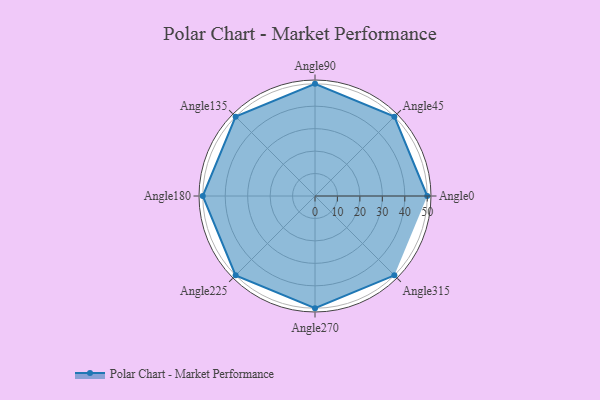
{"axis": {"x": "Angle", "y": "Radius"}, "legend": [""], "data": [{"x": "Angle0", "y": 50, "type": ""}, {"x": "Angle45", "y": 50, "type": ""}, {"x": "Angle90", "y": 50, "type": ""}, {"x": "Angle135", "y": 50, "type": ""}, {"x": "Angle180", "y": 50, "type": ""}, {"x": "Angle225", "y": 50, "type": ""}, {"x": "Angle270", "y": 50, "type": ""}, {"x": "Angle315", "y": 50, "type": ""}]}